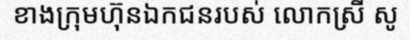
ខាងក្រុមហ៊ុនឯកជនរបស់ លោកស្រី សូ